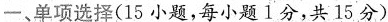
一、单项选择(15 小题,每小题1分,共 15 分)